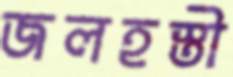
জলহস্তী